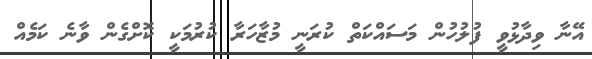
އޭނާ ވިދާޅުވީ ފުލުހުން މަސައްކަތް ކުރަނީ މުޒާހަރާ ކުރުމަކީ ކޮށްގެން ވާނެ ކަމެއް